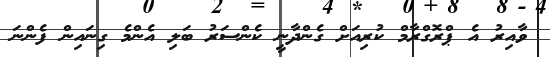
ވާއިރު އެ ޕްރޮގްރާމް ކުރިއަށް ގެންދާނީ ކެންސަރު ބަލި އެންމެ ގިނައިން ފެންނަ